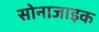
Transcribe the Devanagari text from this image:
सोनाजाइक